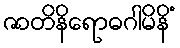
ဇာတိနိရောဓဂါမိနိံ